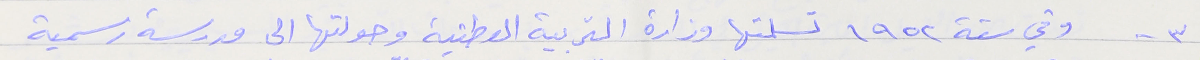
٣- وفي سنة ١٩٥٢ تسلمتها وزارة التربية الوطنية وحولتها الى مدرسة رسمية